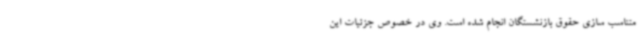
متناسب سازی حقوق بازنشستگان انجام شده است. وی در خصوص جزئیات این